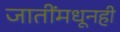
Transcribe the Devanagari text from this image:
जातींमधूनही